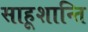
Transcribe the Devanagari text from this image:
साहूशान्ति